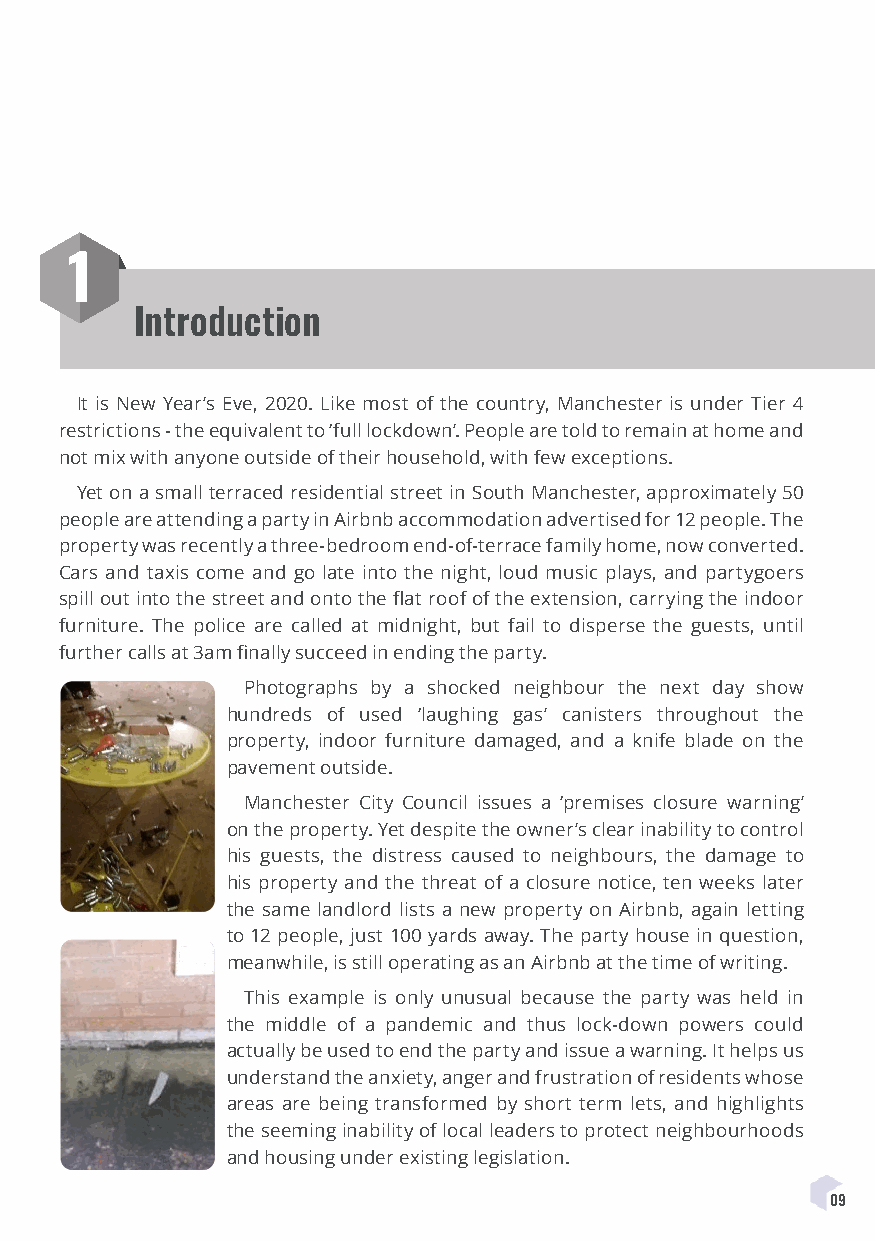
1
 Introduction
 It is New Year’s Eve, 2020. Like most of the country, Manchester is under Tier 4
 restrictions - the equivalent to ‘full lockdown’. People are told to remain at home and
 not mix with anyone outside of their household, with few exceptions.
 Yet on a small terraced residential street in South Manchester, approximately 50
 people are attending a party in Airbnb accommodation advertised for 12 people. The
 property was recently a three-bedroom end-of-terrace family home, now converted.
 Cars and taxis come and go late into the night, loud music plays, and partygoers
 spill out into the street and onto the flat roof of the extension, carrying the indoor
 furniture. The police are called at midnight, but fail to disperse the guests, until
 further calls at 3am finally succeed in ending the party.
 Photographs by a shocked neighbour the next day show
 hundreds of used ‘laughing gas’ canisters throughout the
 property, indoor furniture damaged, and a knife blade on the
 pavement outside.
 Manchester City Council issues a ‘premises closure warning’
 on the property. Yet despite the owner’s clear inability to control
 his guests, the distress caused to neighbours, the damage to
 his property and the threat of a closure notice, ten weeks later
 the same landlord lists a new property on Airbnb, again letting
 to 12 people, just 100 yards away. The party house in question,
 meanwhile, is still operating as an Airbnb at the time of writing.
 This example is only unusual because the party was held in
 the middle of a pandemic and thus lock-down powers could
 actually be used to end the party and issue a warning. It helps us
 understand the anxiety, anger and frustration of residents whose
 areas are being transformed by short term lets, and highlights
 the seeming inability of local leaders to protect neighbourhoods
 and housing under existing legislation.
 09